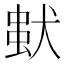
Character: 𤠢